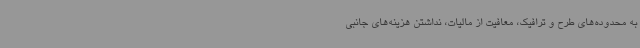
به محدوده‌های طرح و ترافیک، معافیت از مالیات، نداشتن هزینه‌های جانبی